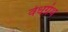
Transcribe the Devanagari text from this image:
वेधग्रंथ